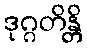
ဒုဂ္ဂတိန္တိ